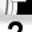
Digit: 7